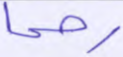
رحما